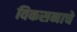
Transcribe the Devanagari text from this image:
विकसनाचे